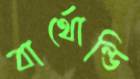
বার্থোল্ডি